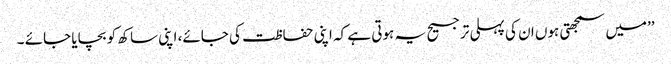
’’میں سمجھتی ہوں ان کی پہلی ترجیح یہ ہوتی ہے کہ اپنی حفاظت کی جائے، اپنی ساکھ کو بچایا جائے ۔